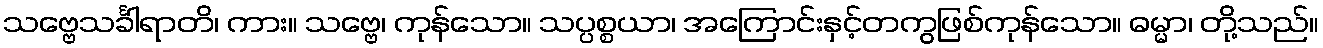
သဗ္ဗေသင်္ခါရာတိ၊ ကား။ သဗ္ဗေ၊ ကုန်သော။ သပ္ပစ္စယာ၊ အကြောင်းနှင့်တကွဖြစ်ကုန်သော။ ဓမ္မာ၊ တို့သည်။